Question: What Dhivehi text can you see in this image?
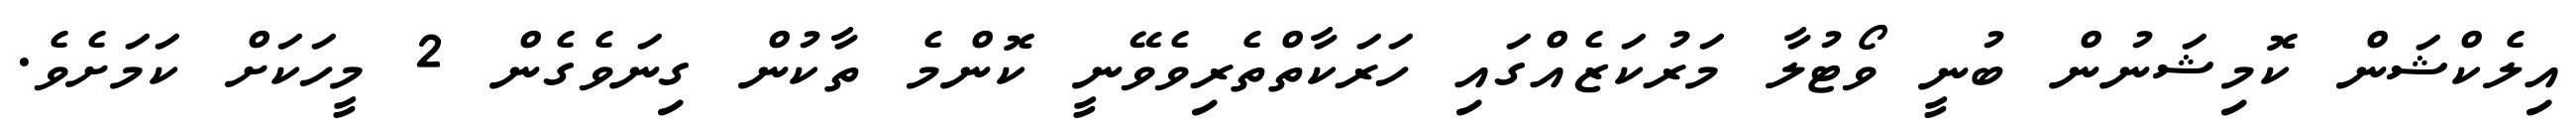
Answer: އިލެކްޝަން ކޮމިޝަނުން ބުނީ ވޯޓުލާ މަރުކަޒެއްގައި ހަރަކާތްތެރިވެވޭނީ ކޮންމެ ތާކުން ގިނަވެގެން 2 މީހަކަށް ކަމަށެވެ.